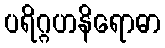
ပရိဂ္ဂဟနိရောဓာ